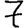
Digit: 7